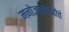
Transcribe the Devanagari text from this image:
मनोज्ञपल्लवोत्तं